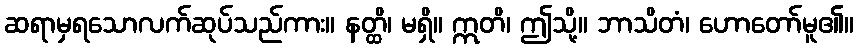
ဆရာမှရသောလက်ဆုပ်သည်ကား။ နတ္ထိ၊ မရှိ။ ဣတိ၊ ဤသို့။ ဘာသိတံ၊ ဟောတော်မူ၏။